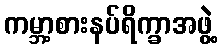
ကမ္ဘာ့စားနပ်ရိက္ခာအဖွဲ့